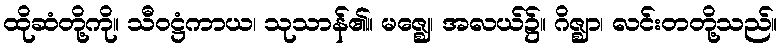
ထိုဆံတို့ကို။ သီဝဋ္ဌံကာယ၊ သုသာန်၏။ မဇ္ဈေ၊ အလယ်၌။ ဂိဇ္ဈာ၊ လင်းတတို့သည်။